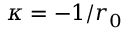
\kappa = - 1 / r _ { 0 }